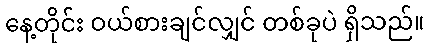
နေ့တိုင်း ဝယ်စားချင်လျှင် တစ်ခုပဲ ရှိသည်။